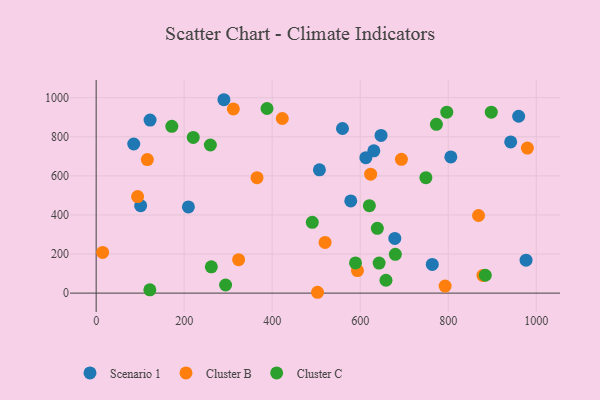
{"axis": {"x": "Engine Size", "y": "Profit"}, "legend": ["Cluster B", "Cluster C", "Scenario 1"], "data": [{"x": "209.6", "y": 441.3, "type": "Scenario 1"}, {"x": "290.3", "y": 989.7, "type": "Scenario 1"}, {"x": "976.8", "y": 168.4, "type": "Scenario 1"}, {"x": "805.9", "y": 697.1, "type": "Scenario 1"}, {"x": "101.1", "y": 447.6, "type": "Scenario 1"}, {"x": "122.5", "y": 885.4, "type": "Scenario 1"}, {"x": "960.0", "y": 905.1, "type": "Scenario 1"}, {"x": "763.7", "y": 146.6, "type": "Scenario 1"}, {"x": "507.3", "y": 631.0, "type": "Scenario 1"}, {"x": "941.9", "y": 773.6, "type": "Scenario 1"}, {"x": "678.6", "y": 279.7, "type": "Scenario 1"}, {"x": "612.8", "y": 692.9, "type": "Scenario 1"}, {"x": "647.3", "y": 807.2, "type": "Scenario 1"}, {"x": "630.9", "y": 728.2, "type": "Scenario 1"}, {"x": "578.5", "y": 472.0, "type": "Scenario 1"}, {"x": "559.7", "y": 842.5, "type": "Scenario 1"}, {"x": "85.4", "y": 763.2, "type": "Scenario 1"}, {"x": "693.6", "y": 684.5, "type": "Cluster B"}, {"x": "365.5", "y": 591.0, "type": "Cluster B"}, {"x": "868.8", "y": 397.1, "type": "Cluster B"}, {"x": "878.9", "y": 90.6, "type": "Cluster B"}, {"x": "323.7", "y": 171.3, "type": "Cluster B"}, {"x": "979.8", "y": 742.1, "type": "Cluster B"}, {"x": "422.9", "y": 893.5, "type": "Cluster B"}, {"x": "520.1", "y": 259.3, "type": "Cluster B"}, {"x": "116.3", "y": 683.2, "type": "Cluster B"}, {"x": "14.7", "y": 208.2, "type": "Cluster B"}, {"x": "94.2", "y": 493.9, "type": "Cluster B"}, {"x": "792.9", "y": 36.2, "type": "Cluster B"}, {"x": "503.0", "y": 4.3, "type": "Cluster B"}, {"x": "623.7", "y": 608.9, "type": "Cluster B"}, {"x": "593.7", "y": 115.4, "type": "Cluster B"}, {"x": "311.7", "y": 942.8, "type": "Cluster B"}, {"x": "259.5", "y": 758.0, "type": "Cluster C"}, {"x": "638.9", "y": 331.6, "type": "Cluster C"}, {"x": "122.0", "y": 17.0, "type": "Cluster C"}, {"x": "749.2", "y": 590.8, "type": "Cluster C"}, {"x": "220.6", "y": 796.7, "type": "Cluster C"}, {"x": "620.8", "y": 447.5, "type": "Cluster C"}, {"x": "294.1", "y": 41.5, "type": "Cluster C"}, {"x": "642.9", "y": 153.8, "type": "Cluster C"}, {"x": "171.9", "y": 853.5, "type": "Cluster C"}, {"x": "388.2", "y": 944.7, "type": "Cluster C"}, {"x": "491.1", "y": 362.1, "type": "Cluster C"}, {"x": "897.8", "y": 926.2, "type": "Cluster C"}, {"x": "796.7", "y": 926.2, "type": "Cluster C"}, {"x": "773.1", "y": 863.7, "type": "Cluster C"}, {"x": "679.8", "y": 198.4, "type": "Cluster C"}, {"x": "589.3", "y": 154.4, "type": "Cluster C"}, {"x": "884.2", "y": 91.3, "type": "Cluster C"}, {"x": "658.5", "y": 65.9, "type": "Cluster C"}, {"x": "261.7", "y": 134.6, "type": "Cluster C"}]}